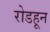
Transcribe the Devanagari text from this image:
रोडहून